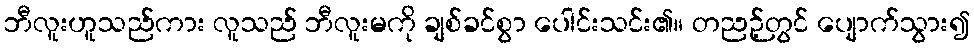
ဘီလူးဟူသည်ကား လူသည် ဘီလူးမကို ချစ်ခင်စွာ ပေါင်းသင်း၏။ တညဉ့်တွင် ပျောက်သွား၍